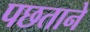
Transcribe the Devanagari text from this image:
पछताने